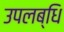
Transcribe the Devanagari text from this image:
उपलब्धि